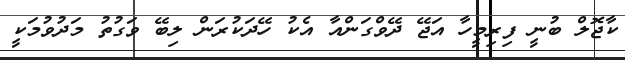
ކާޖޮލް ބުނީ ފިރިމީހާ އަޖޭ ދޭވްގަންއާ އެކު ހޭދަކުރަން ލިބޭ ވަގުތު މަދުވުމަކީ